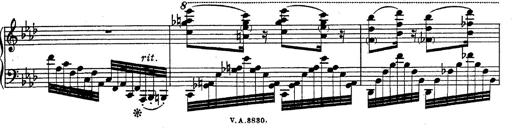
Title: Fantasie Ã¼ber Themen aus Mozarts Figaro und Don Giovanni
Composer: Franz Liszt